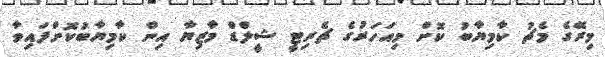
މިރޭގެ މެޗު ކާމިޔާބު ކޮށް މިއަހަރުގެ ޗެރިޓީ ޝީލްޑް މާޒިޔާ އިން ކާމިޔާބުކޮށްފައިވާ